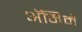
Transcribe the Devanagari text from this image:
अॅनिमे